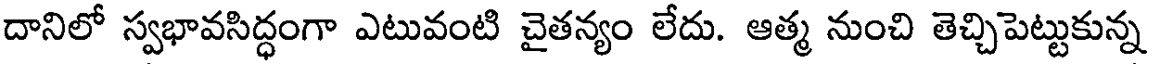
దానిలో స్వభావసిద్ధంగా ఎటువంటి చైతన్యం లేదు. ఆత్మ నుంచి తెచ్చిపెట్టుకున్న